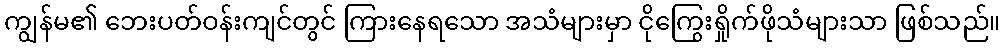
ကျွန်မ၏ ဘေးပတ်ဝန်းကျင်တွင် ကြားနေရသော အသံများမှာ ငိုကြွေးရှိုက်ဖိုသံများသာ ဖြစ်သည်။